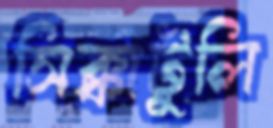
সিক্কাটুলি